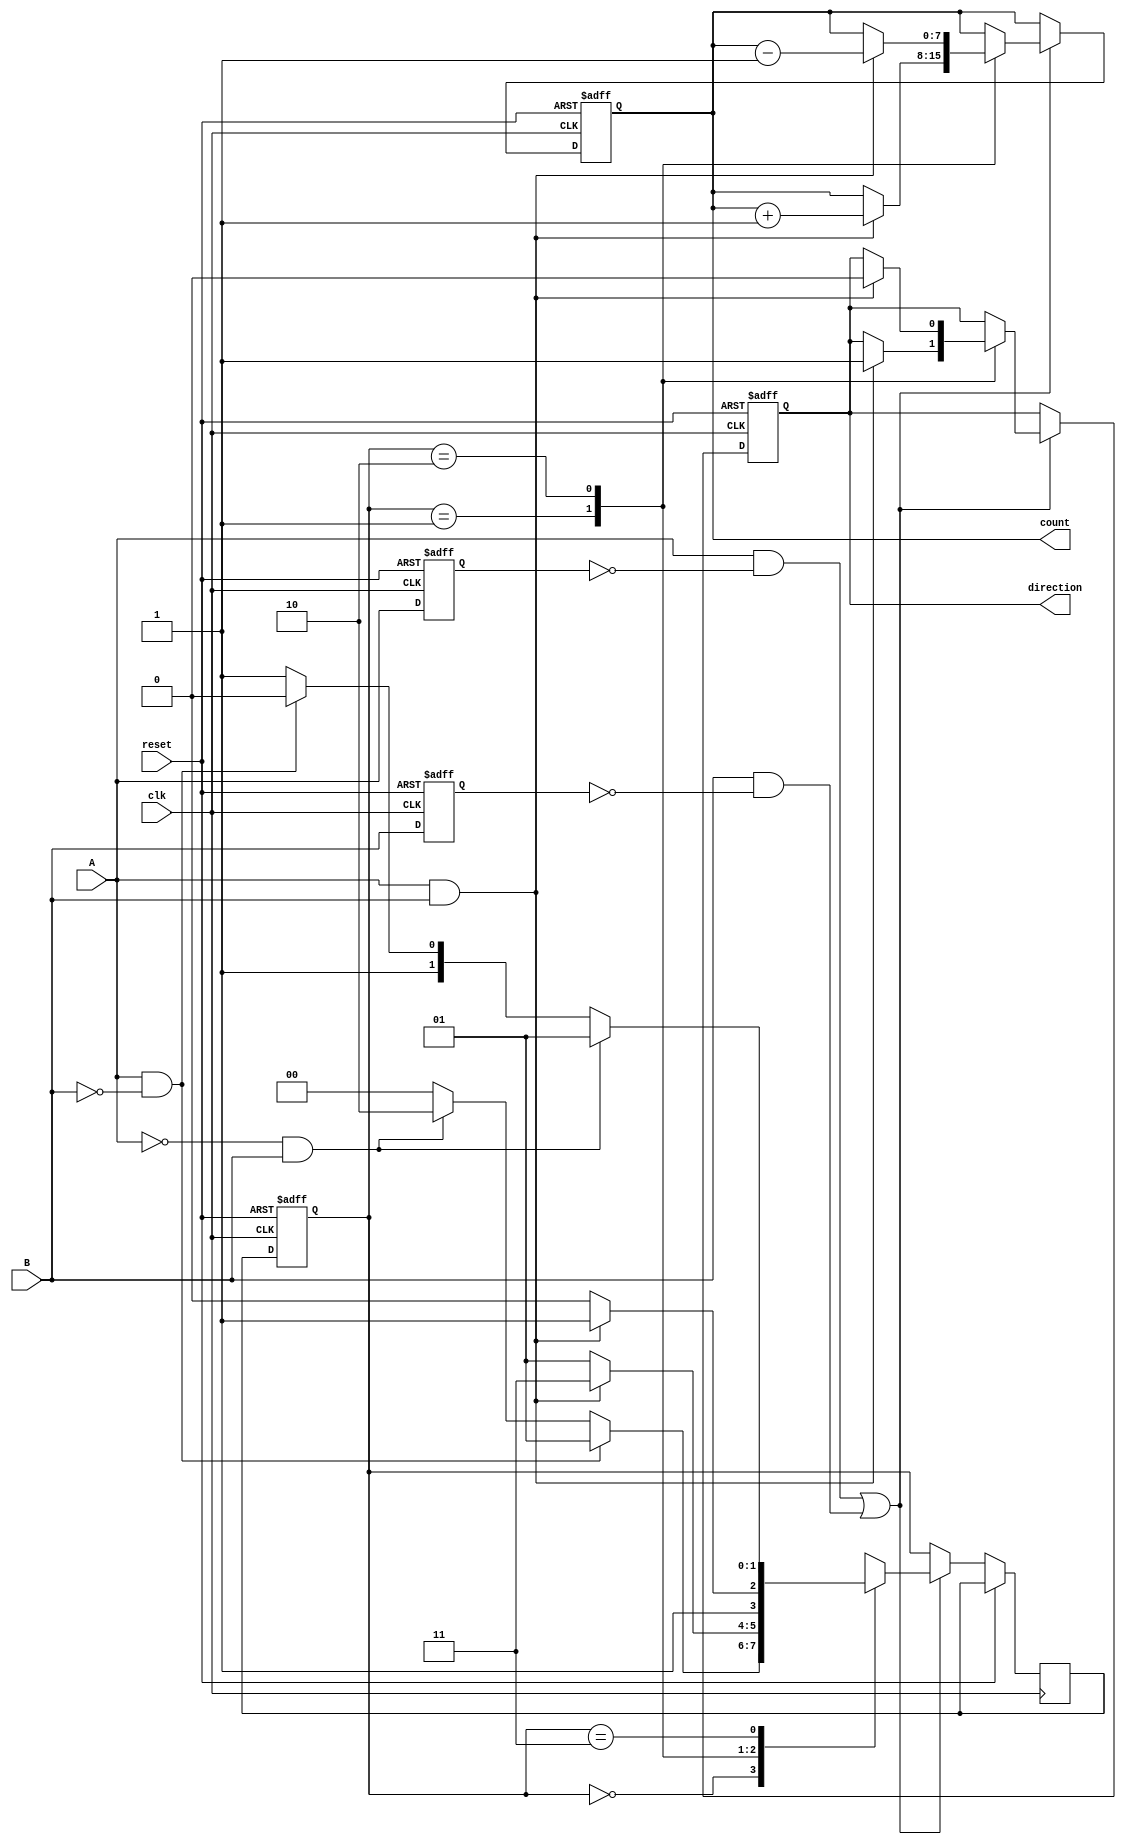
module rotary_encoder (
    input wire clk,          // Clock signal for synchronization
    input wire reset,        // Reset signal
    input wire A,           // Current position signal A
    input wire B,           // Current position signal B
    output reg direction,    // Direction of rotation (0: counterclockwise, 1: clockwise)
    output reg [7:0] count   // Binary count output
);

    // State encoding
    reg [1:0] current_state, next_state;
    reg [1:0] last_state;
    
    // State Definitions
    parameter STATE_00 = 2'b00;
    parameter STATE_01 = 2'b01;
    parameter STATE_10 = 2'b10;
    parameter STATE_11 = 2'b11;

    // Debounce signals
    reg A_prev, B_prev;

    // Edge detection for A and B
    wire A_edge = A && !A_prev;
    wire B_edge = B && !B_prev;

    // State transition logic
    always @(posedge clk or posedge reset) begin
        if (reset) begin
            current_state <= STATE_00;
            count <= 8'b0;
            direction <= 1'b0;
            A_prev <= 1'b0;
            B_prev <= 1'b0;
        end else begin
            // Update previous states for debouncing
            A_prev <= A;
            B_prev <= B;

            // Update state based on current inputs
            current_state <= next_state;

            // Count logic based on state transitions
            if (A_edge || B_edge) begin
                case (current_state)
                    STATE_00: begin
                        if (A && !B) next_state = STATE_01;
                        else if (!A && B) next_state = STATE_10;
                        else next_state = STATE_00;
                    end
                    STATE_01: begin
                        if (A && B) begin
                            next_state = STATE_11;
                            direction <= 1'b1; // Clockwise
                            count <= count + 1;
                        end else next_state = STATE_01;
                    end
                    STATE_10: begin
                        if (A && B) begin
                            next_state = STATE_11;
                            direction <= 1'b0; // Counterclockwise
                            count <= count - 1;
                        end else next_state = STATE_10;
                    end
                    STATE_11: begin
                        if (!A && B) next_state = STATE_01;
                        else if (A && !B) next_state = STATE_10;
                        else next_state = STATE_11;
                    end
                    default: next_state = STATE_00; // Default to initial state
                endcase
            end else begin
                // Keep the state unchanged if no edges detected
                next_state = current_state;
            end
        end
    end

endmodule